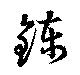
錬